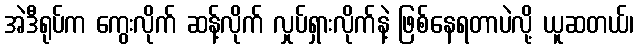
အဲဒီရုပ်က ကွေးလိုက် ဆန့်လိုက် လှုပ်ရှားလိုက်နဲ့ ဖြစ်နေရတာပဲလို့ ယူဆတယ်၊